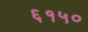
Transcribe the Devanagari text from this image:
६१५०